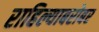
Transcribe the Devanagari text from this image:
राहिल्याबरोबर